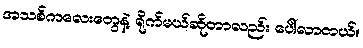
အသစ်ကလေးတွေနဲ့ ရိုက်မယ်ဆိုတာလည်း ပေါ်လာတယ်။